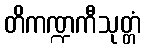
တိကဏ္ဍကီသုတ္တံ